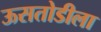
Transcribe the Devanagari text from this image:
ऊसतोडीला